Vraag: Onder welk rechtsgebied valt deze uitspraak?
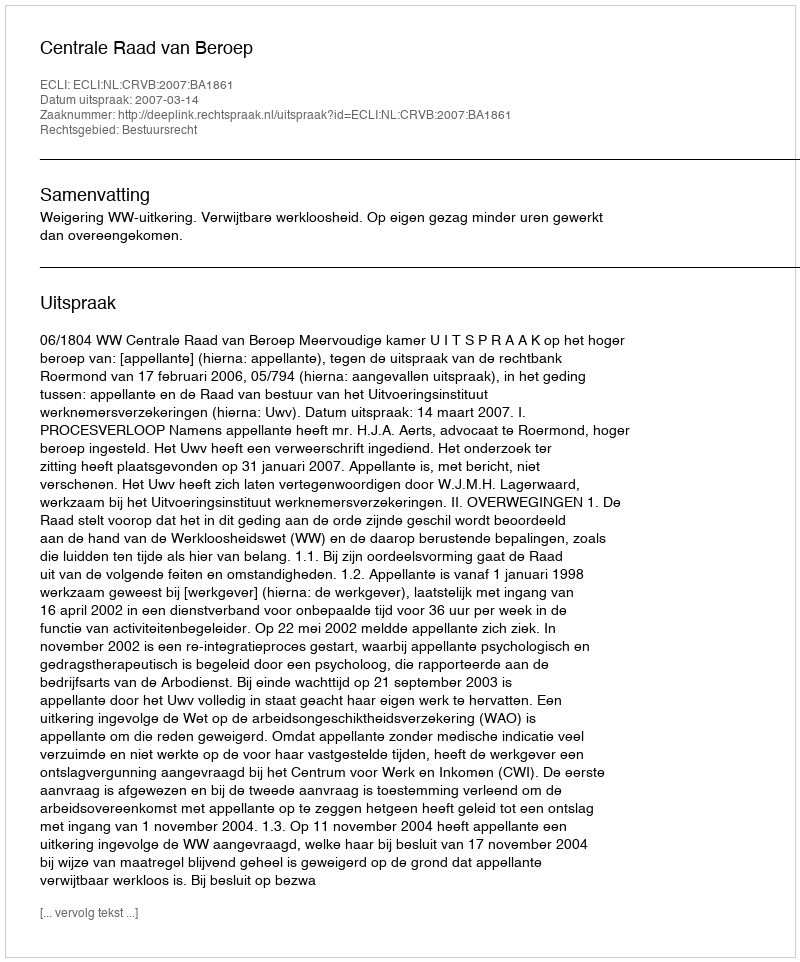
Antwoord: Bestuursrecht